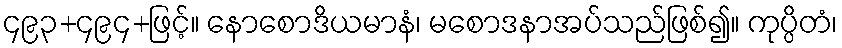
၄၉၃+၄၉၄+ဖြင့်။ နောစောဒိယမာနံ၊ မစောဒနာအပ်သည်ဖြစ်၍။ ကုပ္ပိတံ၊